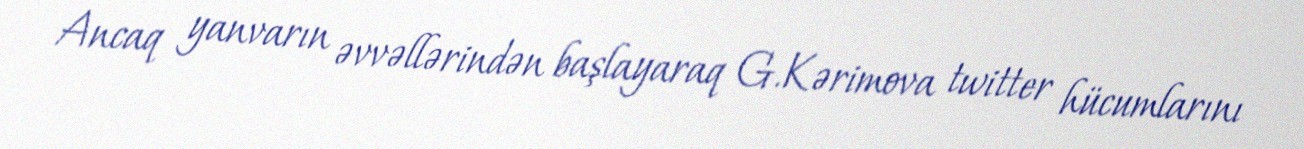
Ancaq yanvarın əvvəllərindən başlayaraq G.Kərimova twitter hücumlarını